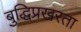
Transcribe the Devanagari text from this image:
बुद्धिप्रखरता